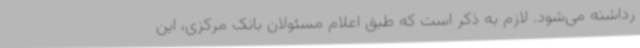
رداشته می‌شود. لازم به ذکر است که طبق اعلام مسئولان بانک مرکزی، این